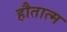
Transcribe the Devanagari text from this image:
हौतात्म